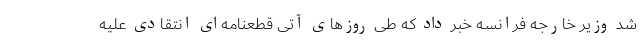
شد وزیر خارجه فرانسه خبر داد که طی روزهای آتی قطعنامه‌ای انتقادی علیه